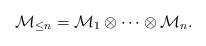
LaTeX: \begin{align*}{\mathcal M}_{\le n} = {\mathcal M}_1\otimes\cdots\otimes {\mathcal M}_n.\end{align*}